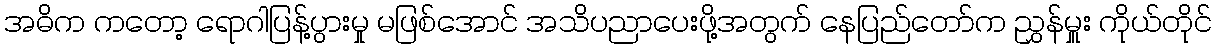
အဓိက ကတော့ ရောဂါပြန့်ပွားမှု မဖြစ်အောင် အသိပညာပေးဖို့အတွက် နေပြည်တော်က ညွှန်မှူး ကိုယ်တိုင်